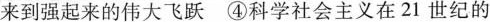
来到强起来的伟大飞跃④科学社会主义在21世纪的